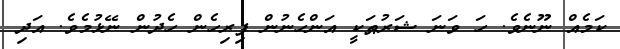
ކަމެއް ނޫނެވެ. ހަ ވަނަ ޝަރުޠަކީ އަންހެނުން ފިރިހެން ހެދުން ނޭޅުމެވެ. އަދި